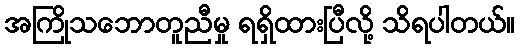
အကြိုသဘောတူညီမှု ရရှိထားပြီလို့ သိရပါတယ်။